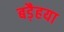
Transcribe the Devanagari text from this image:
बड़ैहया